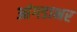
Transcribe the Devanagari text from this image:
आंगडाभर